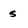
Character: s